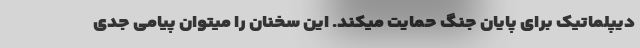
دیپلماتیک برای پایان جنگ حمایت میکند. این سخنان را میتوان پیامی جدی